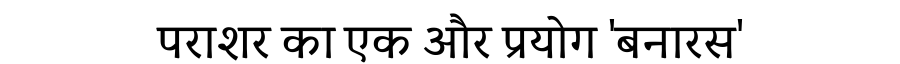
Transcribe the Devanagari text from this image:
पराशर का एक और प्रयोग 'बनारस'